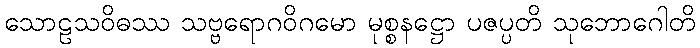
သောဠသဝိဓဿ သဗ္ဗရောဂဝိဂမော မုစ္စနဋ္ဌော ပဇပ္ပတိ သုဘောဂေါတိ